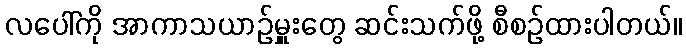
လပေါ်ကို အာကာသယာဉ်မှူးတွေ ဆင်းသက်ဖို့ စီစဉ်ထားပါတယ်။